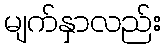
မျက်နှာလည်း